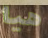
هيا